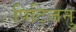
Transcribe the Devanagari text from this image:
पिटिजनु